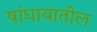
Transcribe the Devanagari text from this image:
षांघायातील